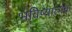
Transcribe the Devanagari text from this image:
भविष्यात्मक